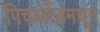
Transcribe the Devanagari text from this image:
पिचब्लेंडमधून